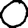
Digit: 0